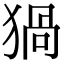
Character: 猧